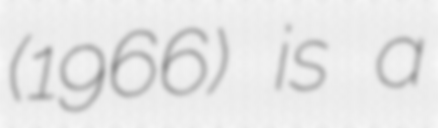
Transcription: (1966) is a